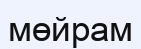
мөйрам